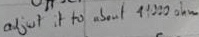
Text: adjust it to about 19000ohm